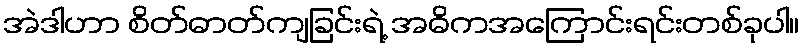
အဲဒါဟာ စိတ်ဓာတ်ကျခြင်းရဲ့ အဓိကအကြောင်းရင်းတစ်ခုပါ။